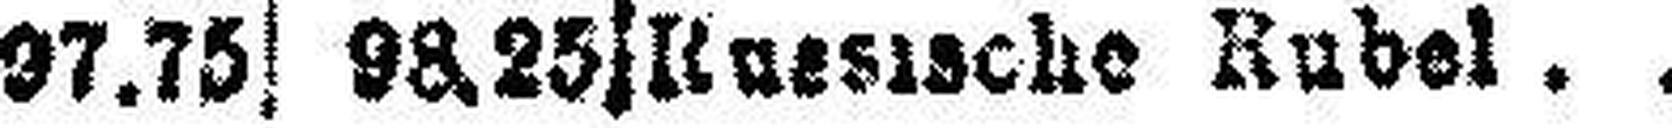
Ruesische Rubel